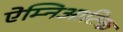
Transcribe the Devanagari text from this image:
ऐम्निआटिक